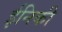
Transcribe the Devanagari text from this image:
ईनिकी